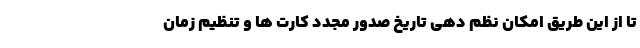
تا از این طریق امکان نظم دهی تاریخ صدور مجدد کارت ها و تنظیم زمان